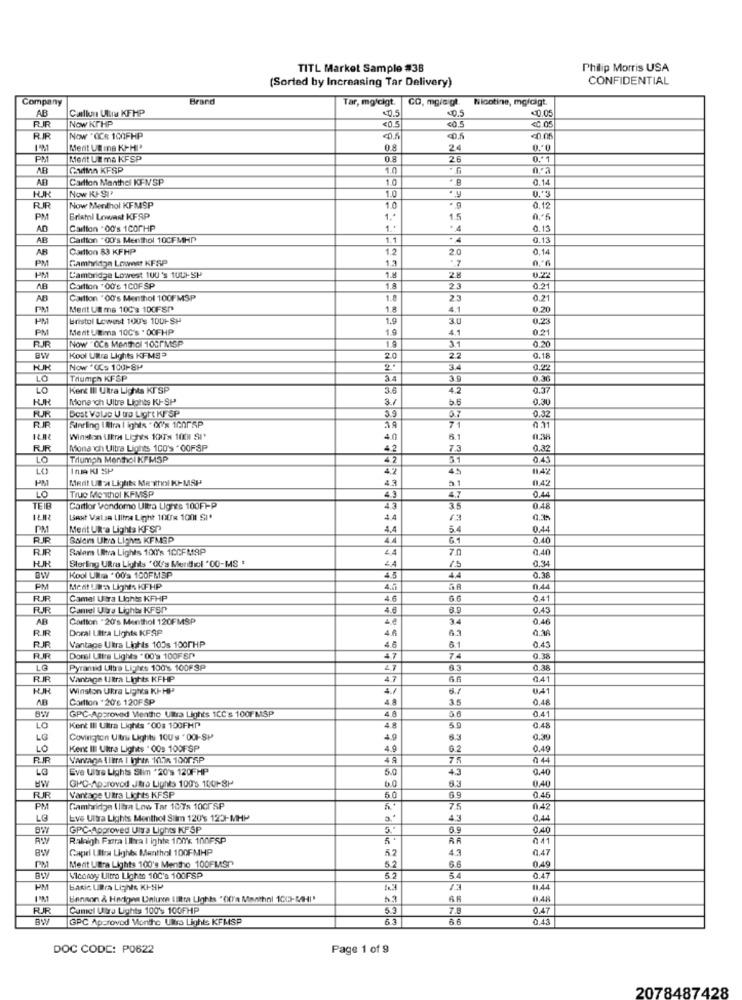
TITL Market Sample #38
Philip Morris USA
(Sorted by Increasing Tar Delivery)
CONFIDENTIAL
Company
Brand
Tar, mgfcigt.
CO, mgic gt.
Nicotine, mgldigt.
AB
Callun Ultra KFMP
40.5
<0.05
RR
Now KTHP
<0.5
<0.5
<0.05
RIR
Now "OCR 100FHP
40.5
Mert Ut ma Kr-HI*
0.8
24
0.ª0
PM
Merit UN ma KFSP
26
Gottnn KFSP
1.0
AB
Carton Manthel KFNSP
1.0
B
0.14
Now KJ- SIP
1.0
. y
0.'5
Now Menthol KFMSP
1.0
0.12
PM
Bristol Lowest KFSP
1.
15
AD
Carlton "00's 1COPHP
0.13
AB
Caitton "00's Menthol 10CFMHP
1.1
.4
0.13
AR
Carlton 83 KFHP
1.
2.0
0.1
PM
Cambridge Lowweet KFSP
1.3
.7
1.8
PM
Cambridge Lowest 100's 1001-SP
AB
Cartton .00'e 1COFSP
23
0.21
AB
Carlton "00's Menthol 100FMSP
23
0.21
PM
Merit Ut ms 10C : 100FSP
1.
4.1
0.20
Bristol Lowest 100's 1001-SH
1.9
3.0
PM
Merit Ultima 10C's . 0OFHP
1.9
4.1
001
RJR
Now "OCa Menthol 100FMSP
0.20
BW
Kool Ultra Lights KFMSª
20
22
0.18
Now "UCs 100-8P
2.
34
LO
Triumph KFSP
34
39
0.30
LO
Kent Il URra Lights KT SP
3.6
42
KJR
Monarch Ultre Lights KJ-SP
5.6
0.30
Best Vale U tro Light KF SP
3.9
0.3
RIR
Starling Ultral ights . o'x 100PSP
71
0.31
Winston Ukra Lights 100TH 1001 SP'
40
6.1
0.38
RUR
Miona ich Ultra Lights 100's " OOFSP
42
7.3
0.32
LO
Tilumph Menthol KFMSP
42
5.1
0.41
Inm KI SP
45
PM
Mert UB-a Light: Me whal KIMSP
4.3
2.1
0.42
LO
True Me whol KFMSP
4.3
4.7
0.44
TEIR
Caitlor Vondome Ultra Lignes 100Fl-P
43
35
0.48
BAHt VaLs Lllha Light 100x 1001 SI*
PM
Merit Uk-a Lights KFSP
4.4
54
0.44
RR
Salem Ul'a Liches KFMSP
61
0.40
RR
Salem Ultra Lights 100's 10CFMAP
70
0.40
HUR
Sterling URra Lights "OU's Menthol '00-MS '
0.34
Kool Una . 00's 100FMSP
4.5
4.4
0.38
PM
Ment Un'a Light. KFHP
4.5
0.44
RUR
Camel Ultra Lights KFHP
4.6
0.41
FUIR
Camel Ultra Lights KFSP
6.9
0.43
AB
Carlton . 20's Menthol 120FMSP
34
0.46
RIR
Doral Utfra Lights KFAP
46
4.3
0.38
Vantage Ultra Lights 105s 100PHP
6.1
0.43
RJR
RJR
Donal Ultra Lights " 00's 100FED
4.7
74
0.38
LG
Pyramid Ultra Lights 100's 100FSP
6.3
RR
Vantage Utra Lights KFHP
4.7
66
0.41
HJK
Winston Ukra Lights KI-HP
4./
AB
Cartlon -20's 120FSP
3.5
0,48
GPC-Approved Menthe Ultra Lights 1CC's 100F MSP
4 8
0.41
LO
Kent Il Ultra Lights "00: 150FHP"
4.8
59
0.48
LG
Covington Ultra Lights 100's " 001-SP
4.9
6.3
0.39
LO
Kene III Ukra Lights * OOs 100FSP
4.9
6.2
0.49
4A
75
LG
Eve Ultra Lights Stim '20's 120FHP
5.0
43
0.40
HW
GMC-Approved Jtra Lights 100's 1001-8P
6.0
63
0.40
FUR
Vantage Ultra Lichts KFSP
60
6.9
0,45
PM
Cambridge (libra Low Tar 10/s 10CrSP
75
0.42
LG
Eve Ultra Lights Menthol Stim 120's 123-MHP
0,44
GPC-Approved Uiva Lights KFSP
5 ..
6.9
0.40
Raleigh Farra Ultra I ighte 100% 100FSP
RA
041
BW
Capri Ultra Lights Menthol 100FMHP
52
4.3
0.47
6.6
PM
Merit Utra Lights 100's Mentho 100FMSP
5.2
0.49
Viconoy Ultra Lightc 100's 100FSP
0.47
PM
Basic UBra Lights KI-SP
13
11.44
Benson & Hedigas Unluve tiltra Lights "(Xi'a Monthnl 10(3-5-41'
0.45
RUJR
Camel Ultra Lights 100'% 100FHP
5.3
7.8
0.47
BV
GPC Approved Menthe Ultra Lights KFMSP
63
0.43
DOC CODE: P0622
Page 1 of 9
2078487428